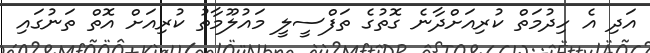
އަދި އެ ހިދުމަތް ކުރިއަށްދާނެ ގޮތުގެ ތަފްސީލީ މައުލޫމާތު ކުރިއަށް އޮތް ތަނުގައި